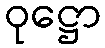
ဝုဋ္ဌော